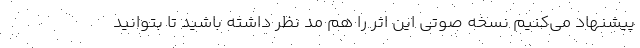
پیشنهاد می‌کنیم نسخه صوتی این اثر را هم مد نظر داشته باشید تا بتوانید